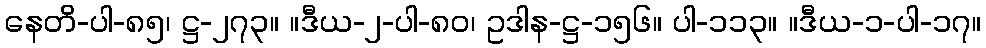
နေတိ-ပါ-၈၅၊ ဋ္ဌ-၂၇၃။ ။ဒီယ-၂-ပါ-၈၀၊ ဥဒါန-ဋ္ဌ-၁၅၆။ ပါ-၁၁၃။ ။ဒီယ-၁-ပါ-၁၇။